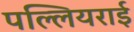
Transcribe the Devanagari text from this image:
पल्लियराई